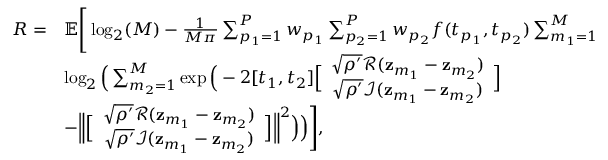
\begin{array} { r l } { R = } & { \mathbb { E } \Bigg [ \log _ { 2 } ( M ) - \frac { 1 } { M \pi } \sum _ { p _ { 1 } = 1 } ^ { P } w _ { p _ { 1 } } \sum _ { p _ { 2 } = 1 } ^ { P } w _ { p _ { 2 } } f ( t _ { p _ { 1 } } , t _ { p _ { 2 } } ) \sum _ { m _ { 1 } = 1 } ^ { M } } \\ & { \log _ { 2 } \Big ( \sum _ { m _ { 2 } = 1 } ^ { M } \exp \Big ( - 2 [ t _ { 1 } , t _ { 2 } ] \Big [ \begin{array} { c } { \sqrt { \rho ^ { \prime } } \mathcal { R } ( \mathbf { z } _ { m _ { 1 } } - \mathbf { z } _ { m _ { 2 } } ) } \\ { \sqrt { \rho ^ { \prime } } \mathcal { I } ( \mathbf { z } _ { m _ { 1 } } - \mathbf { z } _ { m _ { 2 } } ) } \end{array} \Big ] } \\ & { - \Big \| \Big [ \begin{array} { c } { \sqrt { \rho ^ { \prime } } \mathcal { R } ( \mathbf { z } _ { m _ { 1 } } - \mathbf { z } _ { m _ { 2 } } ) } \\ { \sqrt { \rho ^ { \prime } } \mathcal { I } ( \mathbf { z } _ { m _ { 1 } } - \mathbf { z } _ { m _ { 2 } } ) } \end{array} \Big ] \Big \| ^ { 2 } \Big ) \Big ) \Bigg ] , } \end{array}